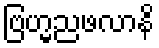
ဗြဟ္မညဖလာနိ